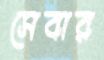
সেবার